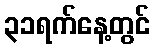
၃၁ရက်နေ့တွင်